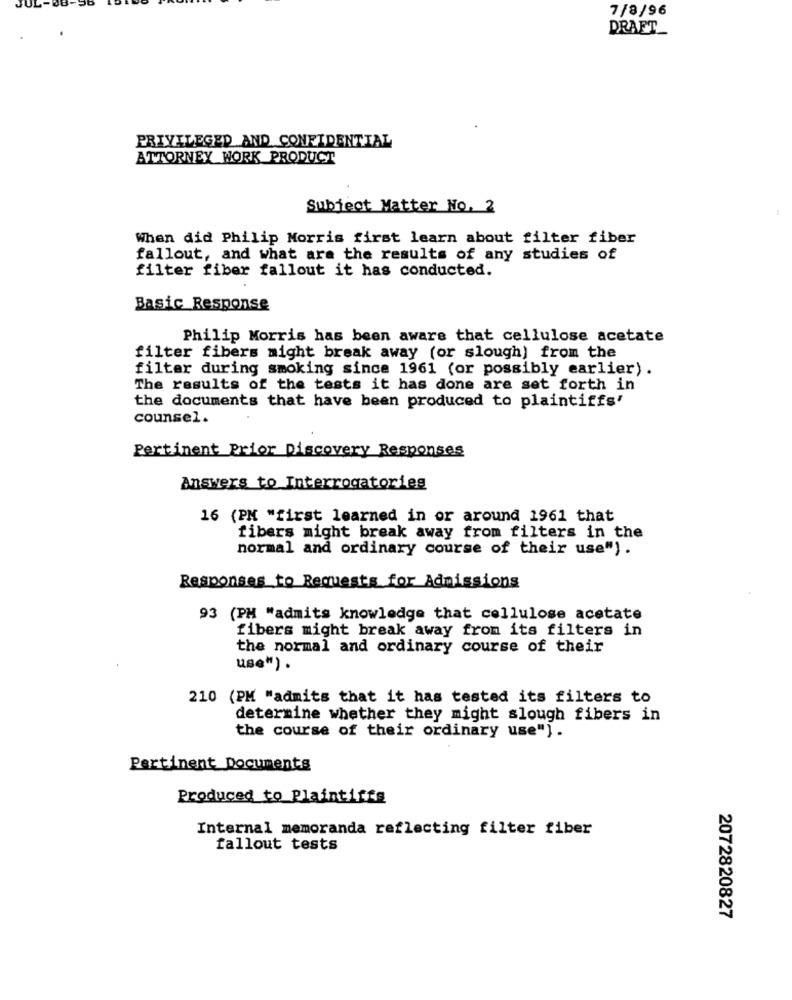
7/8/96
DRAFT_
PRIVILEGED AND CONFIDENTIAL
ATTORNEY WORK PRODUCT
Subject Matter No. 2
When did Philip Morris first learn about filter fiber
fallout, and what are the results of any studies of
filter fiber fallout it has conducted.
Basic_Response
Philip Morris has been aware that cellulose acetate
filter fibers might break away (or slough) from the
filter during smoking since 1961 (or possibly earlier) .
The results of the tests it has done are set forth in
the documents that have been produced to plaintiffs'
counsel.
Pertinent Prior Discovery Responses
Answers to Interrogatories
16 (PM "first learned in or around 1961 that
fibers might break away from filters in the
normal and ordinary course of their use").
Responses to Requests for Admissions
93 (PM "admits knowledge that cellulose acetate
fibers might break away from its filters in
the normal and ordinary course of their
use") .
210 (PM "admits that it has tested its filters to
determine whether they might slough fibers in
the course of their ordinary use").
Pertinent Documents
Produced to Plaintiffs
Internal memoranda reflecting filter fiber
fallout tests
2072820827